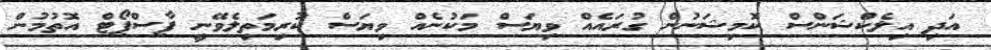
އަދި އިލެކްޝަންސް ކޮމިޝަނުން ގުރައެއް ވިޔަސް މަކުނެއް ވިޔަސް ކުރިމަތިލެވޭނީ ޕާސްޕޯޓް އޮތުމުން